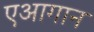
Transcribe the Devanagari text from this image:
एआगान